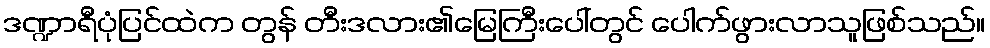
ဒဏ္ဍာရီပုံပြင်ထဲက တွန် တီးဒလား၏မြေကြီးပေါ်တွင် ပေါက်ဖွားလာသူဖြစ်သည်။